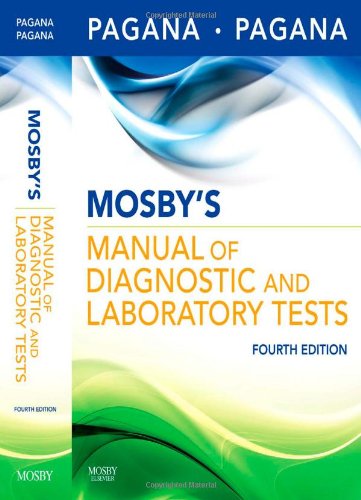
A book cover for Mosby's Manual of Diagnostic and Laboratory Tests, 4e (Mosby's Manual of Diagnostic & Laboratory Tests); Kathleen Deska Pagana; Medical Books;